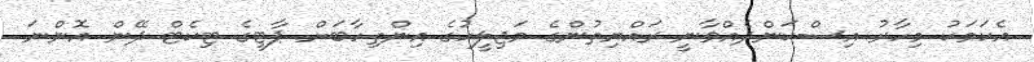
އެކަމަކު މިހާރު އިސްކަންދެއްވާނީ ރައްޔިތުންގެ މަޖިލީހުގެ އިންތިހާބަށް ޕާޓީގެ ޓިކެޓް ދޭން އޮންނަ